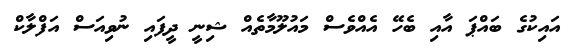
އައިކުގެ ބައްޕަ އާއި ބެހޭ އެއްވެސް މައުލޫމާތެއް ޝިނީ ދީފައި ނުވިއަސް އަފްލާކް